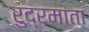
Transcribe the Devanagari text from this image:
रुद्रमाता